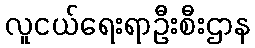
လူငယ်ရေးရာဦးစီးဌာန